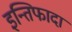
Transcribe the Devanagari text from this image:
इन्तिफादा